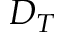
D _ { T }